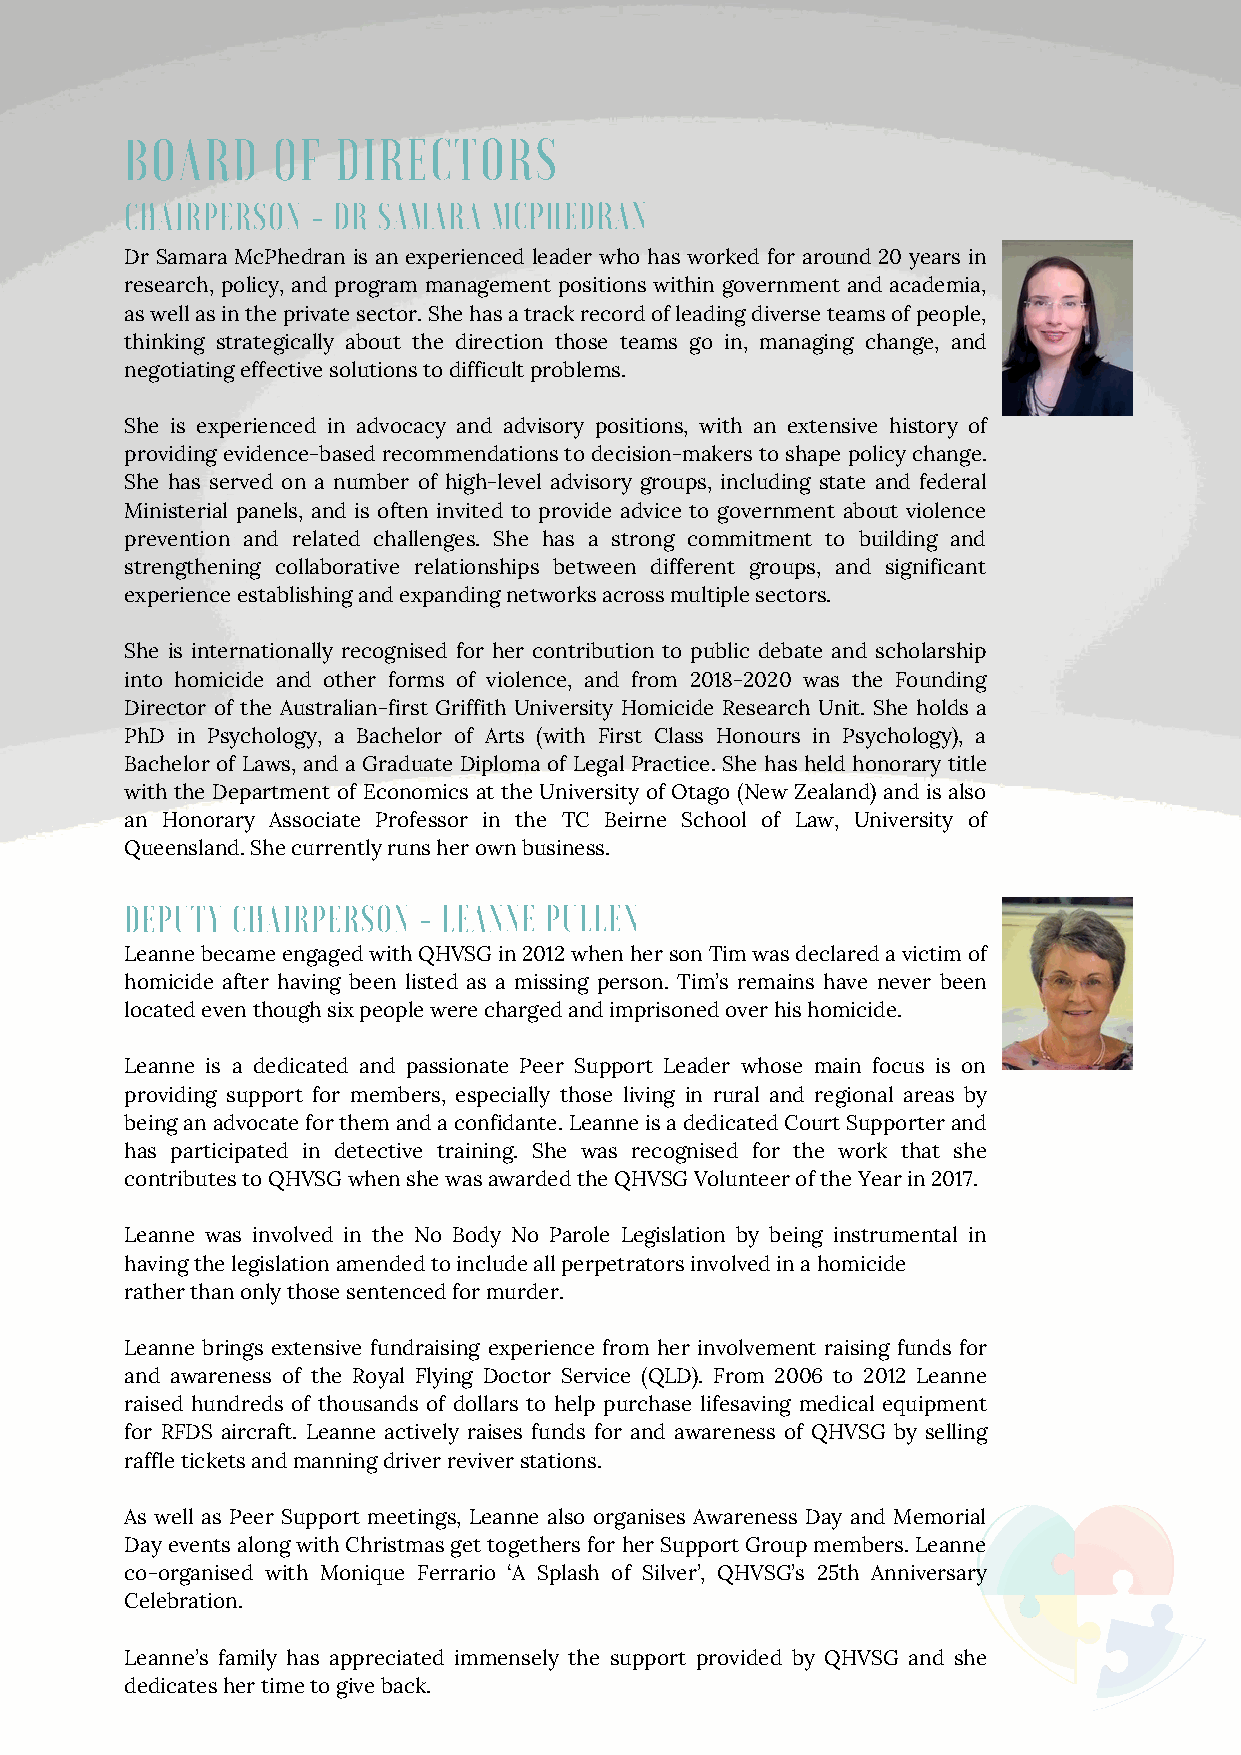
BOARD     OF  DIRECTORS
 CHAIRPERSON  - DR SAMARA MCPHEDRAN
 Dr Samara McPhedran is an experienced leader who has worked for around 20 years in
 research, policy, and program management positions within government and academia,
 as well as in the private sector. She has a track record of leading diverse teams of people,
 thinking strategically about the direction those teams go in, managing change, and
 negotiating effective solutions to difficult problems.
 She is experienced in advocacy and advisory positions, with an extensive history of
 providing evidence-based recommendations to decision-makers to shape policy change.
 She has served on a number of high-level advisory groups, including state and federal
 Ministerial panels, and is often invited to provide advice to government about violence
 prevention and related challenges. She has a strong commitment to building and
 strengthening collaborative relationships between different groups, and significant
 experience establishing and expanding networks across multiple sectors.
 She is internationally recognised for her contribution to public debate and scholarship
 into homicide and other forms of violence, and from 2018-2020 was the Founding
 Director of the Australian-first Griffith University Homicide Research Unit. She holds a
 PhD in Psychology, a Bachelor of Arts (with First Class Honours in Psychology), a
 Bachelor of Laws, and a Graduate Diploma of Legal Practice. She has held honorary title
 with the Department of Economics at the University of Otago (New Zealand) and is also
 an Honorary Associate Professor in the TC Beirne School of Law, University of
 Queensland. She currently runs her own business.
 DEPUTY CHAIRPERSON  - LEANNE PULLEN
 Leanne became engaged with QHVSG in 2012 when her son Tim was declared a victim of
 homicide after having been listed as a missing person. Tim’s remains have never been
 located even though six people were charged and imprisoned over his homicide.
 Leanne is a dedicated and passionate Peer Support Leader whose main focus is on
 providing support for members, especially those living in rural and regional areas by
 being an advocate for them and a confidante. Leanne is a dedicated Court Supporter and
 has participated in detective training. She was recognised for the work that she
 contributes to QHVSG when she was awarded the QHVSG Volunteer of the Year in 2017.
 Leanne was involved in the No Body No Parole Legislation by being instrumental in
 having the legislation amended to include all perpetrators involved in a homicide
 rather than only those sentenced for murder.
 Leanne brings extensive fundraising experience from her involvement raising funds for
 and awareness of the Royal Flying Doctor Service (QLD). From 2006 to 2012 Leanne
 raised hundreds of thousands of dollars to help purchase lifesaving medical equipment
 for RFDS aircraft. Leanne actively raises funds for and awareness of QHVSG by selling
 raffle tickets and manning driver reviver stations.
 As well as Peer Support meetings, Leanne also organises Awareness Day and Memorial
 Day events along with Christmas get togethers for her Support Group members. Leanne
 co-organised with Monique Ferrario ‘A Splash of Silver’, QHVSG’s 25th Anniversary
 Celebration.
 Leanne’s family has appreciated immensely the support provided by QHVSG and she
 dedicates her time to give back.